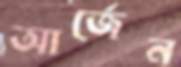
আর্জেন